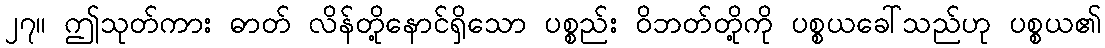
၂၇။ ဤသုတ်ကား ဓာတ် လိန်တို့နောင်ရှိသော ပစ္စည်း ဝိဘတ်တို့ကို ပစ္စယခေါ်သည်ဟု ပစ္စယ၏